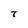
Character: T